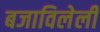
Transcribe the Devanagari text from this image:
बजाविलेली